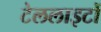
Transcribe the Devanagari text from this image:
टेललाइटों